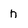
Character: h